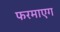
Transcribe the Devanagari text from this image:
फरमाएग